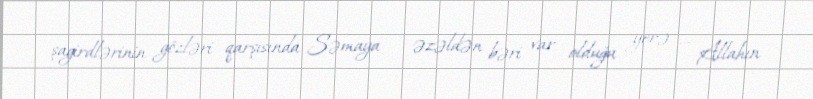
şagirdlərinin gözləri qarşısında Səmaya — əzəldən bəri var olduğu yerə — Allahın